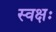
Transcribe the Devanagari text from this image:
स्वक्षः